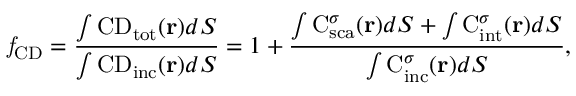
\mathit { f } _ { \mathrm { { C D } } } = \frac { \int { \mathrm { C D } } _ { \mathrm { { t o t } } } ( { \bf r } ) d S } { \int { \mathrm { C D } } _ { \mathrm { { i n c } } } ( { \bf r } ) d S } = 1 + \frac { \int { \mathrm { C } } _ { \mathrm { { s c a } } } ^ { \sigma } ( { \bf r } ) d S + \int { \mathrm { C } } _ { \mathrm { { i n t } } } ^ { \sigma } ( { \bf r } ) d S } { \int { \mathrm { C } } _ { \mathrm { { i n c } } } ^ { \sigma } ( { \bf r } ) d S } ,